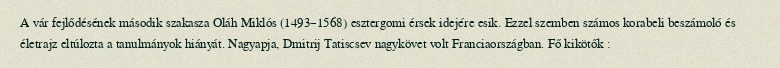
A vár fejlődésének második szakasza Oláh Miklós (1493–1568) esztergomi érsek idejére esik. Ezzel szemben számos korabeli beszámoló és életrajz eltúlozta a tanulmányok hiányát. Nagyapja, Dmitrij Tatiscsev nagykövet volt Franciaországban. Fő kikötők :